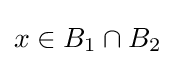
x\in B_{1}\cap B_{2}